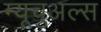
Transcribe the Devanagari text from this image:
म्यूचुअल्स